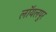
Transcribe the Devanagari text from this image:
लॉयलपुर